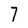
Character: 7